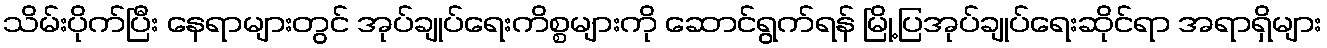
သိမ်းပိုက်ပြီး နေရာများတွင် အုပ်ချုပ်ရေးကိစ္စများကို ဆောင်ရွက်ရန် မြို့ပြအုပ်ချုပ်ရေးဆိုင်ရာ အရာရှိများ